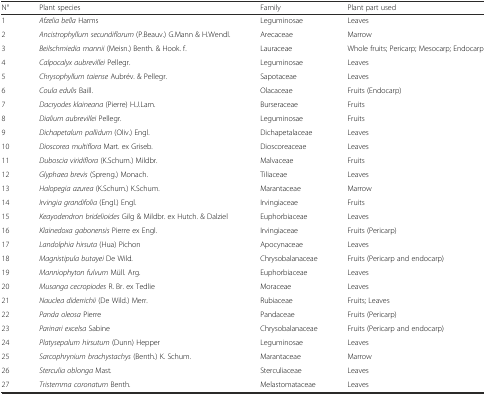
<table><thead><tr><td><b>N°</b></td><td><b>Plant species</b></td><td><b>Family</b></td><td><b>Plant part used</b></td></tr></thead><tbody><tr><td>1</td><td><i>Afzelia bella</i> Harms</td><td>Leguminosae</td><td>Leaves</td></tr><tr><td>2</td><td><i>Ancistrophyllum secundiflorum</i> (P.Beauv.) G.Mann &amp; H.Wendl.</td><td>Arecaceae</td><td>Marrow</td></tr><tr><td>3</td><td><i>Beilschmiedia mannii</i> (Meisn.) Benth. &amp; Hook. f.</td><td>Lauraceae</td><td>Whole fruits; Pericarp; Mesocarp; Endocarp</td></tr><tr><td>4</td><td><i>Calpocalyx aubrevillei</i> Pellegr.</td><td>Leguminosae</td><td>Leaves</td></tr><tr><td>5</td><td><i>Chrysophyllum taiense</i> Aubrév. &amp; Pellegr.</td><td>Sapotaceae</td><td>Leaves</td></tr><tr><td>6</td><td><i>Coula edulis</i> Baill.</td><td>Olacaceae</td><td>Fruits (Endocarp)</td></tr><tr><td>7</td><td><i>Dacryodes klaineana</i> (Pierre) H.J.Lam.</td><td>Burseraceae</td><td>Fruits</td></tr><tr><td>8</td><td><i>Dialium aubrevillei</i> Pellegr.</td><td>Leguminosae</td><td>Fruits</td></tr><tr><td>9</td><td><i>Dichapetalum pallidum</i> (Oliv.) Engl.</td><td>Dichapetalaceae</td><td>Leaves</td></tr><tr><td>10</td><td><i>Dioscorea multiflora</i> Mart. ex Griseb.</td><td>Dioscoreaceae</td><td>Leaves</td></tr><tr><td>11</td><td><i>Duboscia viridiflora</i> (K.Schum.) Mildbr.</td><td>Malvaceae</td><td>Fruits</td></tr><tr><td>12</td><td><i>Glyphaea brevis</i> (Spreng.) Monach.</td><td>Tiliaceae</td><td>Leaves</td></tr><tr><td>13</td><td><i>Halopegia azurea</i> (K.Schum.) K.Schum.</td><td>Marantaceae</td><td>Marrow</td></tr><tr><td>14</td><td><i>Irvingia grandifolia</i> (Engl.) Engl.</td><td>Irvingiaceae</td><td>Fruits</td></tr><tr><td>15</td><td><i>Keayodendron bridelioides</i> Gilg &amp; Mildbr. ex Hutch. &amp; Dalziel</td><td>Euphorbiaceae</td><td>Leaves</td></tr><tr><td>16</td><td><i>Klainedoxa gabonensis</i> Pierre ex Engl.</td><td>Irvingiaceae</td><td>Fruits (Pericarp)</td></tr><tr><td>17</td><td><i>Landolphia hirsuta</i> (Hua) Pichon</td><td>Apocynaceae</td><td>Leaves</td></tr><tr><td>18</td><td><i>Magnistipula butayei</i> De Wild<i>.</i></td><td>Chrysobalanaceae</td><td>Fruits (Pericarp and endocarp)</td></tr><tr><td>19</td><td><i>Manniophyton fulvum</i> Müll. Arg.</td><td>Euphorbiaceae</td><td>Leaves</td></tr><tr><td>20</td><td><i>Musanga cecropiodes</i> R. Br. ex Tedlie</td><td>Moraceae</td><td>Leaves</td></tr><tr><td>21</td><td><i>Nauclea diderrichii</i> (De Wild.) Merr.</td><td>Rubiaceae</td><td>Fruits; Leaves</td></tr><tr><td>22</td><td><i>Panda oleosa</i> Pierre</td><td>Pandaceae</td><td>Fruits (Pericarp)</td></tr><tr><td>23</td><td><i>Parinari excelsa</i> Sabine</td><td>Chrysobalanaceae</td><td>Fruits (Pericarp and endocarp)</td></tr><tr><td>24</td><td><i>Platysepalum hirsutum</i> (Dunn) Hepper</td><td>Leguminosae</td><td>Leaves</td></tr><tr><td>25</td><td><i>Sarcophrynium brachystachys</i> (Benth.) K. Schum.</td><td>Marantaceae</td><td>Marrow</td></tr><tr><td>26</td><td><i>Sterculia oblonga</i> Mast<i>.</i></td><td>Sterculiaceae</td><td>Leaves</td></tr><tr><td>27</td><td><i>Tristemma coronatum</i> Benth<i>.</i></td><td>Melastomataceae</td><td>Leaves</td></tr></tbody></table>